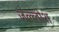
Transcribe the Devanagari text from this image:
जल्लोश